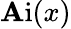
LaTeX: \operatorname{\mathbf{A}i}(x)